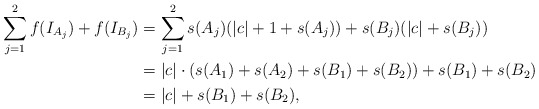
\begin{align*}\sum_{j=1}^2f(I_{A_j}) + f(I_{B_j}) &= \sum_{j=1}^2 s(A_j)(|c|+1+s(A_j))+s(B_j)(|c|+s(B_j))\\&= |c| \cdot (s(A_1)+s(A_2)+s(B_1)+s(B_2)) + s(B_1)+s(B_2) \\& = |c| + s(B_1)+s(B_2),\end{align*}